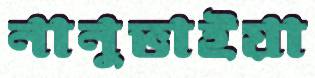
নানুভাইয়া